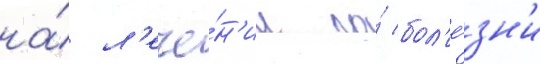
на́ л'ече́н'ии по́ бол'е́зн'и